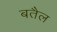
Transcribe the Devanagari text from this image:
बतैल